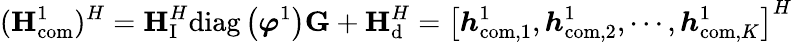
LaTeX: ({{\mathbf{H}}_{\mathrm{{com}}}^{1}})^{H}={\mathbf{H}}_{\mathrm{I}}^{H}{\mathrm{diag}}\left({\boldsymbol{\varphi}}^{1}\right){\mathbf{G}}+{\mathbf{H}}_{\mathrm{d}}^{H}=\left[{{\boldsymbol{h}}_{{\mathrm{com}},1}^{1}},{{\boldsymbol{h}}_{{\mathrm{com}},2}^{1}},\cdots,{{\boldsymbol{h}}_{\mathrm{{com}},K}^{1}}\right]^{H}